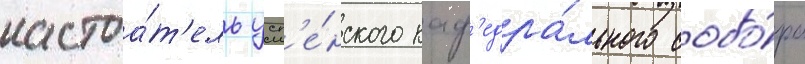
настоа́т'ель усп'е́нского каф'едра́льного собо́ра